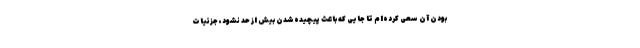
بودن آن سعی کرده‌ام تا جایی که باعث پیچیده‌شدن بیش‌ از حد نشود، جزئیات